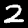
Digit: 2